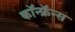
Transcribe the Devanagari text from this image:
कॉन्फ्रॅन्स